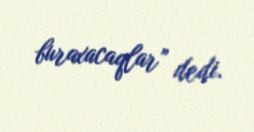
buraxacaqlar” dedi.